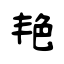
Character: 艳